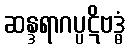
ဆန္ဒရာဂပ္ပဋိဗဒ္ဓံ